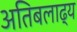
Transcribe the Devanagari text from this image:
अतिबलाढ्य